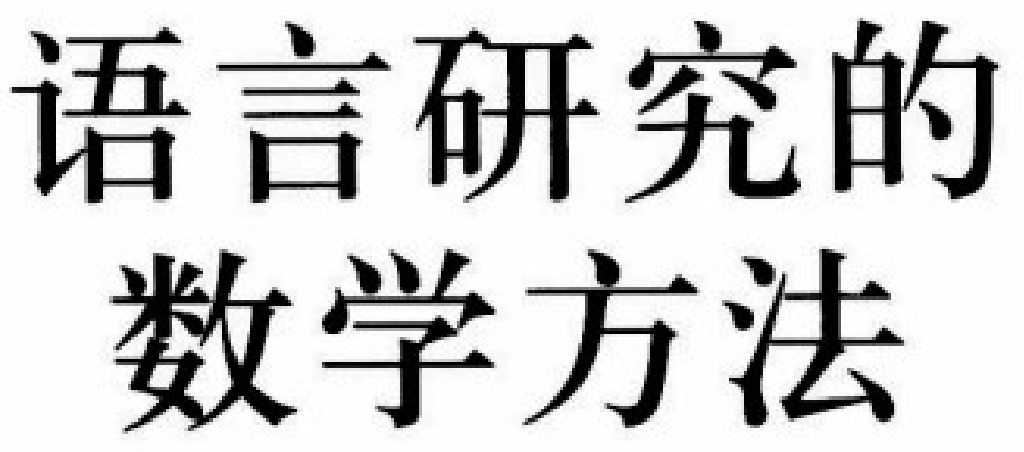
语言研究的\\数学方法